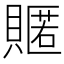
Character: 𮚟